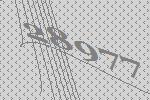
28977